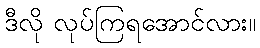
ဒီလို လုပ်ကြရအောင်လား။